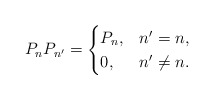
\begin{align*}P_n P_{n'}=\begin{cases}P_n, & n'=n,\\0, & n'\ne n.\end{cases}\end{align*}